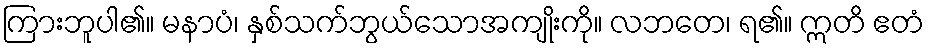
ကြားဘူပါ၏။ မနာပံ၊ နှစ်သက်ဘွယ်သောအကျိုးကို။ လဘတေ၊ ရ၏။ ဣတိ ဧတံ